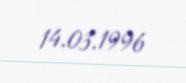
14.03.1996